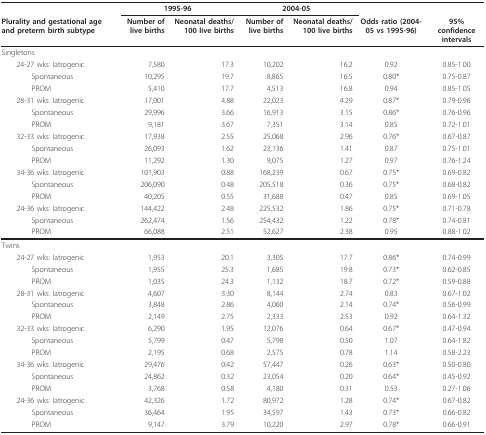
<table><thead><tr><td></td><td colspan="2"><b>1995-96</b></td><td colspan="2"><b>2004-05</b></td><td></td><td></td></tr><tr><td><b>Plurality and gestational age and preterm birth subtype</b></td><td><b>Number of live births</b></td><td><b>Neonatal deaths/100 live births</b></td><td><b>Number of live births</b></td><td><b>Neonatal deaths/100 live births</b></td><td><b>Odds ratio (2004-05 vs 1995-96)</b></td><td><b>95% confidence intervals</b></td></tr></thead><tbody><tr><td>Singletons</td><td></td><td></td><td></td><td></td><td></td><td></td></tr><tr><td> 24-27 wks: Iatrogenic</td><td>7,580</td><td>17.3</td><td>10,202</td><td>16.2</td><td>0.92</td><td>0.85-1.00</td></tr><tr><td>Spontaneous</td><td>10,295</td><td>19.7</td><td>8,865</td><td>16.5</td><td>0.80*</td><td>0.75-0.87</td></tr><tr><td>PROM</td><td>5,410</td><td>17.7</td><td>4,513</td><td>16.8</td><td>0.94</td><td>0.85-1.05</td></tr><tr><td> 28-31 wks: Iatrogenic</td><td>17,001</td><td>4.88</td><td>22,023</td><td>4.29</td><td>0.87*</td><td>0.79-0.96</td></tr><tr><td>Spontaneous</td><td>29,996</td><td>3.66</td><td>16,913</td><td>3.15</td><td>0.86*</td><td>0.76-0.96</td></tr><tr><td>PROM</td><td>9,181</td><td>3.67</td><td>7,351</td><td>3.14</td><td>0.85</td><td>0.72-1.01</td></tr><tr><td> 32-33 wks: Iatrogenic</td><td>17,938</td><td>2.55</td><td>25,068</td><td>2.96</td><td>0.76*</td><td>0.67-0.87</td></tr><tr><td>Spontaneous</td><td>26,093</td><td>1.62</td><td>23,136</td><td>1.41</td><td>0.87</td><td>0.75-1.01</td></tr><tr><td>PROM</td><td>11,292</td><td>1.30</td><td>9,075</td><td>1.27</td><td>0.97</td><td>0.76-1.24</td></tr><tr><td> 34-36 wks: Iatrogenic</td><td>101,903</td><td>0.88</td><td>168,239</td><td>0.67</td><td>0.75*</td><td>0.69-0.82</td></tr><tr><td>Spontaneous</td><td>206,090</td><td>0.48</td><td>205,518</td><td>0.36</td><td>0.75*</td><td>0.68-0.82</td></tr><tr><td>PROM</td><td>40,205</td><td>0.55</td><td>31,688</td><td>0.47</td><td>0.85</td><td>0.69-1.05</td></tr><tr><td> 24-36 wks: Iatrogenic</td><td>144,422</td><td>2.48</td><td>225,532</td><td>1.86</td><td>0.75*</td><td>0.71-0.78</td></tr><tr><td>Spontaneous</td><td>262,474</td><td>1.56</td><td>254,432</td><td>1.22</td><td>0.78*</td><td>0.74-0.81</td></tr><tr><td>PROM</td><td>66,088</td><td>2.51</td><td>52,627</td><td>2.38</td><td>0.95</td><td>0.88-1.02</td></tr><tr><td>Twins</td><td></td><td></td><td></td><td></td><td></td><td></td></tr><tr><td> 24-27 wks: Iatrogenic</td><td>1,953</td><td>20.1</td><td>3,305</td><td>17.7</td><td>0.86*</td><td>0.74-0.99</td></tr><tr><td>Spontaneous</td><td>1,955</td><td>25.3</td><td>1,685</td><td>19.8</td><td>0.73*</td><td>0.62-0.85</td></tr><tr><td>PROM</td><td>1,035</td><td>24.3</td><td>1,132</td><td>18.7</td><td>0.72*</td><td>0.59-0.88</td></tr><tr><td> 28-31 wks: Iatrogenic</td><td>4,607</td><td>3.30</td><td>8,144</td><td>2.74</td><td>0.83</td><td>0.67-1.02</td></tr><tr><td>Spontaneous</td><td>3,848</td><td>2.86</td><td>4,060</td><td>2.14</td><td>0.74*</td><td>0.56-0.99</td></tr><tr><td>PROM</td><td>2,149</td><td>2.75</td><td>2,333</td><td>2.53</td><td>0.92</td><td>0.64-1.32</td></tr><tr><td> 32-33 wks: Iatrogenic</td><td>6,290</td><td>1.95</td><td>12,076</td><td>0.64</td><td>0.67*</td><td>0.47-0.94</td></tr><tr><td>Spontaneous</td><td>5,799</td><td>0.47</td><td>5,798</td><td>0.50</td><td>1.07</td><td>0.64-1.82</td></tr><tr><td>PROM</td><td>2,195</td><td>0.68</td><td>2,575</td><td>0.78</td><td>1.14</td><td>0.58-2.23</td></tr><tr><td> 34-36 wks: Iatrogenic</td><td>29,476</td><td>0.42</td><td>57,447</td><td>0.26</td><td>0.63*</td><td>0.50-0.80</td></tr><tr><td>Spontaneous</td><td>24,862</td><td>0.32</td><td>23,054</td><td>0.20</td><td>0.64*</td><td>0.45-0.92</td></tr><tr><td>PROM</td><td>3,768</td><td>0.58</td><td>4,180</td><td>0.31</td><td>0.53</td><td>0.27-1.06</td></tr><tr><td> 24-36 wks: Iatrogenic</td><td>42,326</td><td>1.72</td><td>80,972</td><td>1.28</td><td>0.74*</td><td>0.67-0.82</td></tr><tr><td>Spontaneous</td><td>36,464</td><td>1.95</td><td>34,597</td><td>1.43</td><td>0.73*</td><td>0.66-0.82</td></tr><tr><td>PROM</td><td>9,147</td><td>3.79</td><td>10,220</td><td>2.97</td><td>0.78*</td><td>0.66-0.91</td></tr></tbody></table>